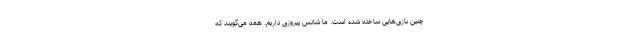
چنین بازی‌هایی ساخته شده است. ما شانس پیروزی داریم. همه می‌گویند که